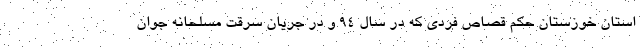
استان خوزستان حکم قصاص فردی که در سال ۹۴ و در جریان سرقت مسلحانه جوان